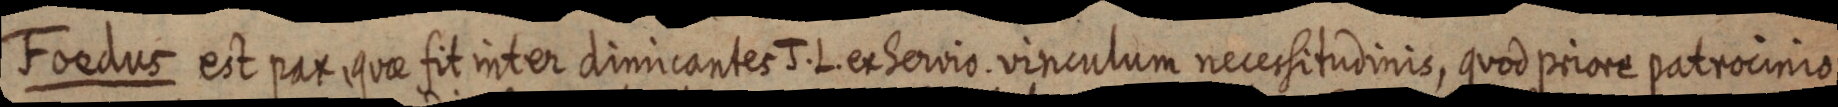
Foedus est pax quae fit inter dimicantes J. L. ex Servio vinculum necessitudinis, quod priore patrocinio